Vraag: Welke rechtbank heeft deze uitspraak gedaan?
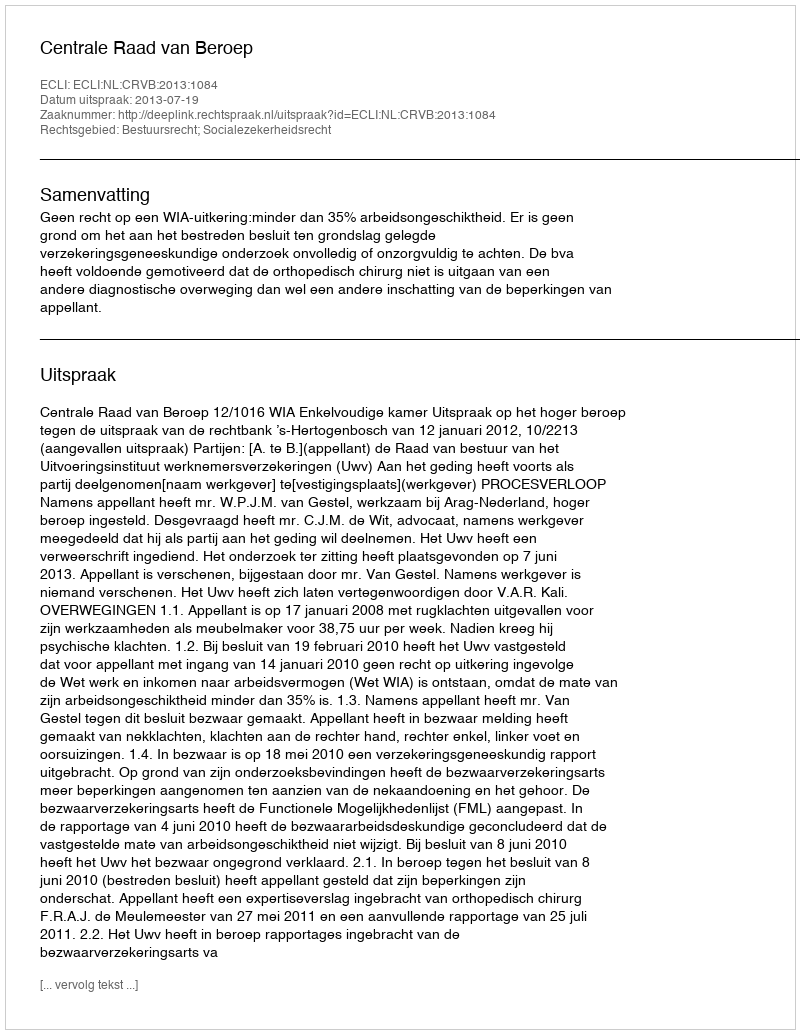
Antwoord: Centrale Raad van Beroep